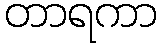
တာရကာ